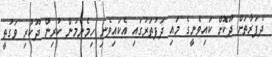
ދެފަރާތަށް ދޫކޮށް ކައިވެނީގެ މައި ދަފުތަރުގައި އެކައިވެނި ހިމެނެމުން ކުރިން ދޫކުރި ވަގުތީ